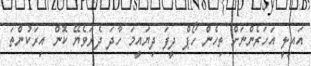
އައިލީ އަހަރެންނަށް ތިހެން ހޯޕް ދީފަ ދިޔައީމަ ހާދަ ދެރަވެޔޭ ކޮން އިރަކުންތަ